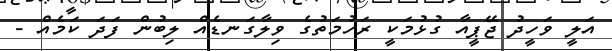
އަލީ ވަހީދު ޖޭޕީއާ ގުޅުމަކީ ރަހުމަތުގެ ވިލާގަނޑެއް ލިބުން ފަދަ ކަމެއް -